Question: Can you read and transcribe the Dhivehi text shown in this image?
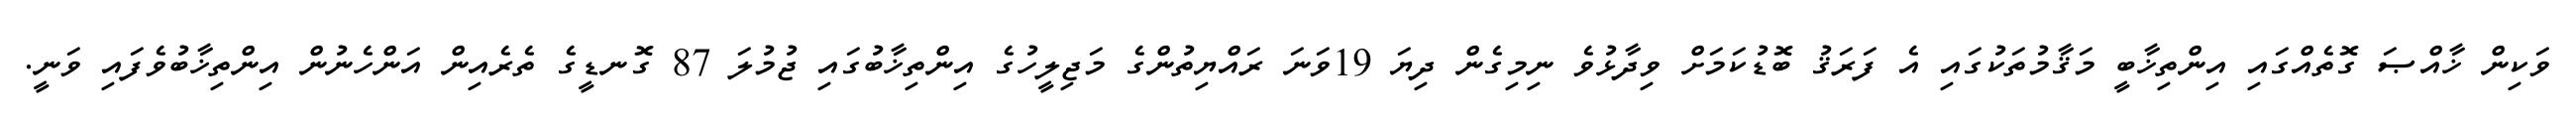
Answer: ވަކިން ޚާއްޞަ ގޮތެއްގައި އިންތިޚާބީ މަޤާމުތަކުގައި އެ ފަރަޤު ބޮޑުކަމަށް ވިދާޅުވެ ނިމިގެން ދިޔަ 19ވަނަ ރައްޔިތުންގެ މަޖިލީހުގެ އިންތިޚާބުގައި ޖުމުލަ 87 ގޮނޑީގެ ތެރެއިން އަންހެނުން އިންތިޚާބުވެފައި ވަނީ.